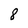
Character: 8